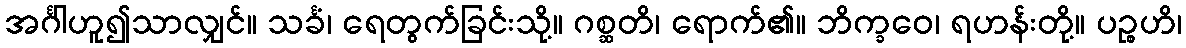
အင်္ဂါဟူ၍သာလျှင်။ သင်္ခံ၊ ရေတွက်ခြင်းသို့။ ဂစ္ဆတိ၊ ရောက်၏။ ဘိက္ခဝေ၊ ရဟန်းတို့။ ပဉ္စဟိ၊